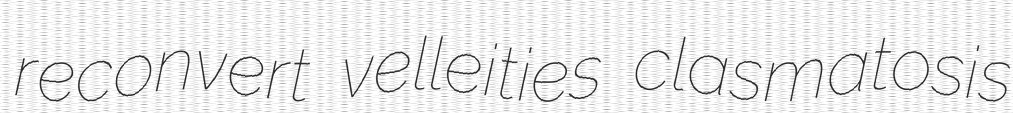
reconvert velleities clasmatosis